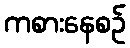
ကစားနေစဉ်